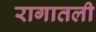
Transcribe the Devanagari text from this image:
रागातली